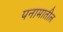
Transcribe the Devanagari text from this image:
पनामातील